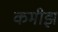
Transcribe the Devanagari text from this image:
कमीझ